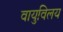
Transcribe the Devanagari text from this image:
वायुविलय